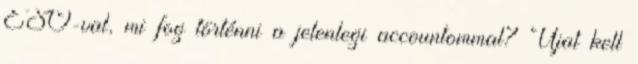
ESO-val, mi fog történni a jelenlegi accountommal? Újat kell